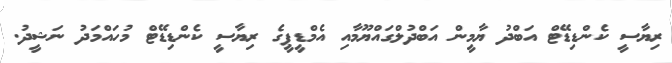
ރިޔާސީ ކެންޑިޑޭޓް އަބްދު ޔާމީން އަބްދުލްގައްޔޫމާއި އެމްޑީޕީގެ ރިޔާސީ ކެންޑިޑޭޓް މުހައްމަދު ނަޝީދު.